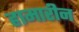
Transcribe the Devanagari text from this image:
हामारीन